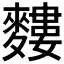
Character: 𪍣